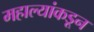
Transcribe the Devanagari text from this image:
महाल्यांकडून